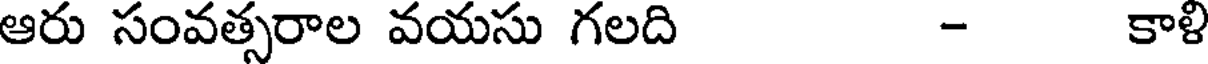
ఆరు సంవత్సరాల వయసు గలది - కాళి